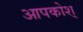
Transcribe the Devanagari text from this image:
आपकोश्